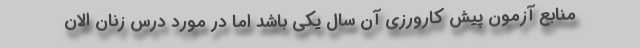
منابع آزمون پیش کارورزی آن‌ سال یکی باشد اما در مورد درس زنان الان